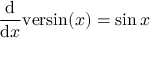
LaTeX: { \frac { \mathrm { d } } { \mathrm { d } x } } \mathrm { v e r s i n } ( x ) = \sin { x }